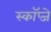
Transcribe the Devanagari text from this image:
स्कॉप्जे